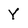
Character: Y